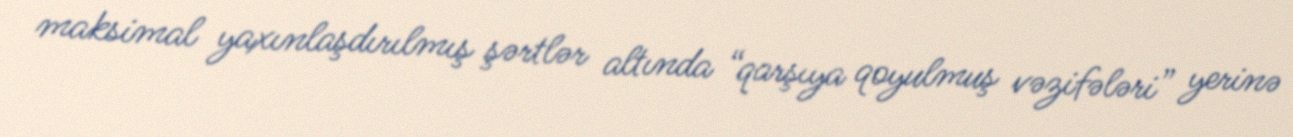
maksimal yaxınlaşdırılmış şərtlər altında “qarşıya qoyulmuş vəzifələri” yerinə